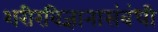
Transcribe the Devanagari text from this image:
शरीरविज्ञानासंबंधी